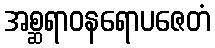
အစ္ဆရာဝနရောပဇေတံ